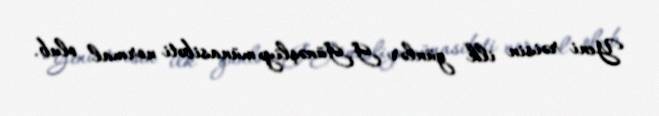
Yeni rəisin ilk günlər G.Günəşliyə münasibəti normal olub.